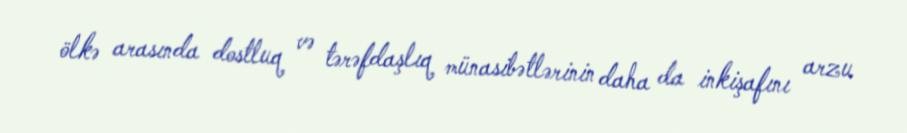
ölkə arasında dostluq və tərəfdaşlıq münasibətlərinin daha da inkişafını arzu